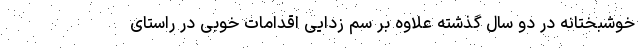
خوشبختانه در دو سال گذشته علاوه بر سم زدایی اقدامات خوبی در راستای